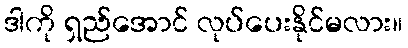
ဒါကို ရှည်အောင် လုပ်ပေးနိုင်မလား။